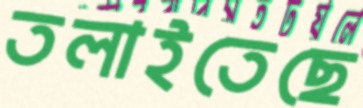
তলাইতেছে